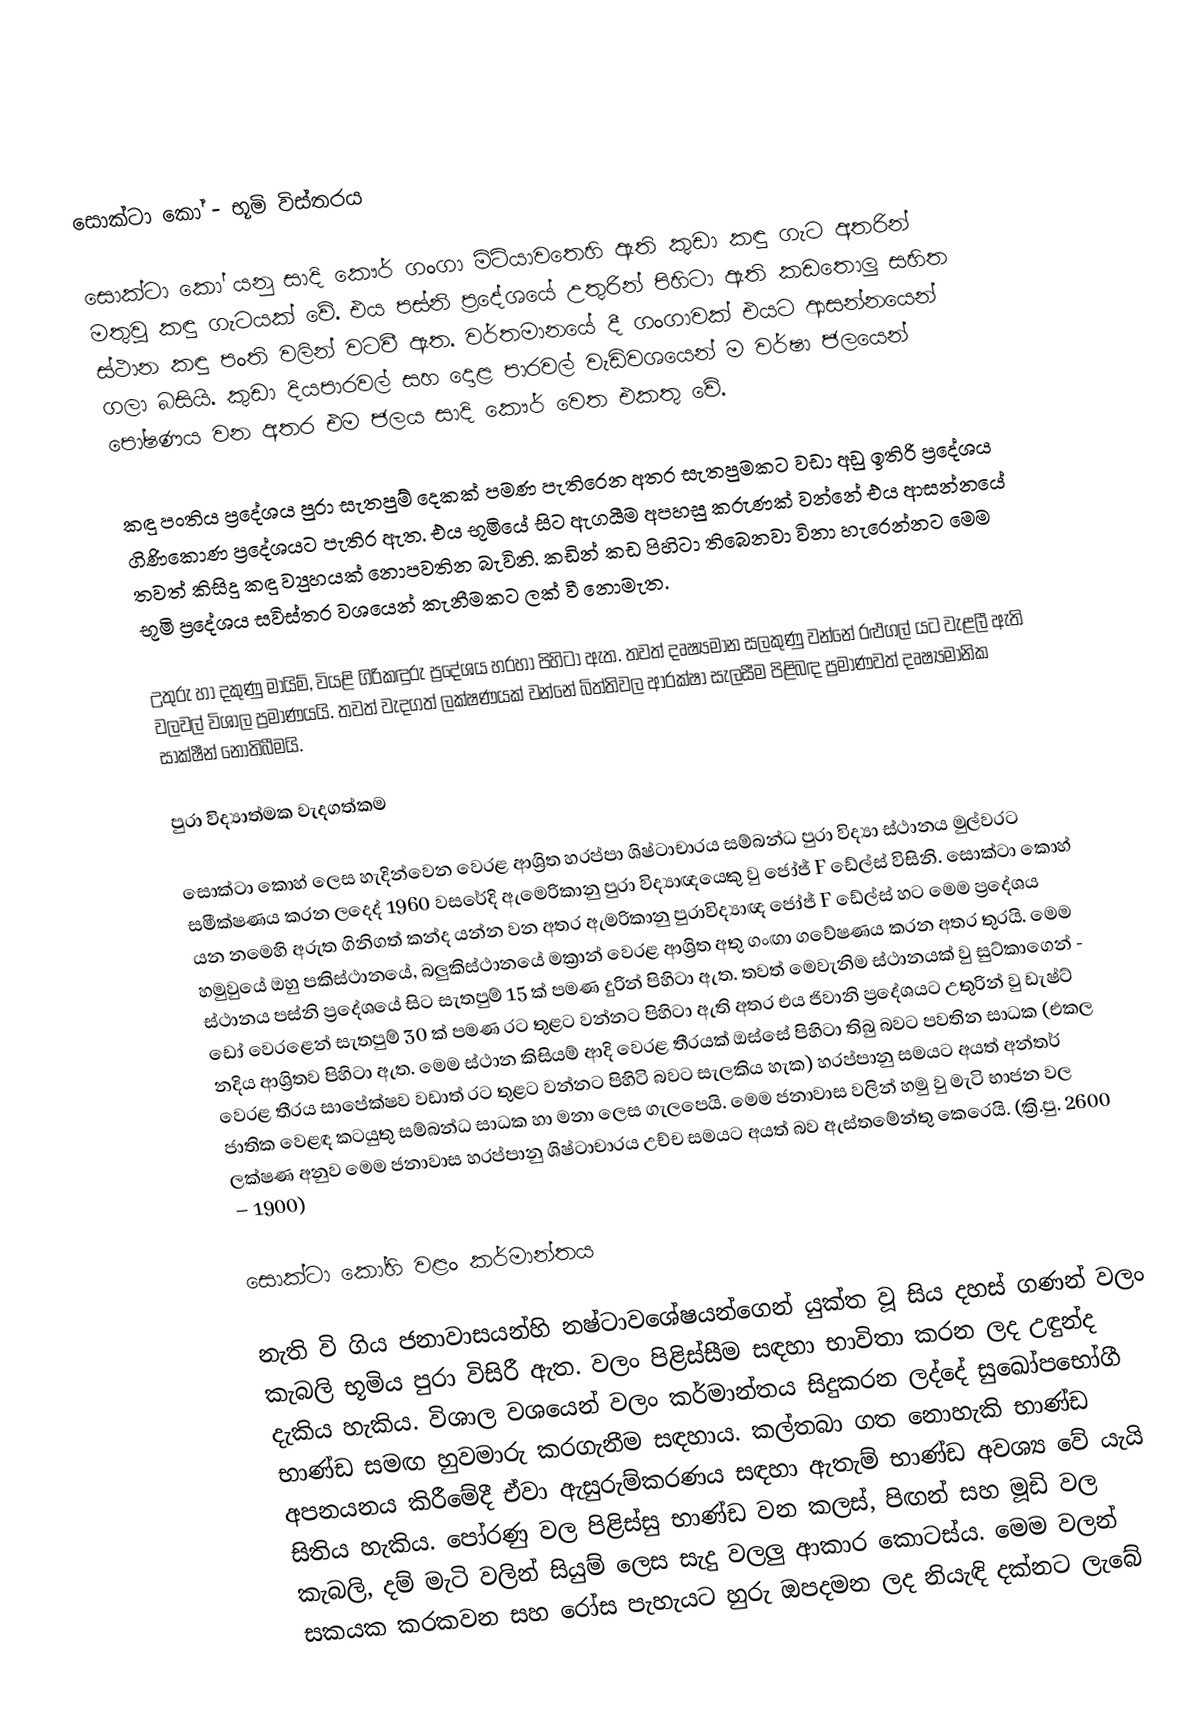

සොක්ටා කෝ - භූමි විස්තරය

සොක්ටා කෝ යනු සාදි කෞර් ගංගා මිටියාවතෙහි ඇති කුඩා කඳු ගැට අතරින් මතුවු කඳු ගැටයක් වේ. එය පස්නි ප්‍රදේශයේ උතුරින් පිහිටා ඇති කඩතොලු සහිත ස්ථාන කඳු පංති වලින් වටවී ඇත. වර්තමානයේ දී ගංගාවක් එයට ආසන්නයෙන් ගලා බසියි. කුඩා දියපාරවල් සහ දොළ පාරවල් වැඩිවශයෙන් ම වර්ෂා ජලයෙන් පෝෂණය වන අතර  එම ජලය  සාදි කෞර් වෙත ‍එකතු වේ.

කඳු පංතිය ප්‍රදේශය පුරා සැතපුම් දෙකක් පමණ පැතිරෙන අතර සැතපුමකට වඩා අඩු ඉතිරි ප්‍රදේශය ගිණිකොණ ප්‍රදේශයට පැතිර ඇත. එය භූමියේ සිට ඇගයීම අපහසු කරුණක් වන්නේ එය ආසන්නයේ තවත් කිසිදු කඳු ව්‍යුහයක් නොපවතින බැවිනි. කඩින් කඩ පිහිටා තිබෙනවා විනා හැරෙන්නට මෙම භූමි ප්‍රදේශය සවිස්තර වශයෙන් කැනීමකට ලක් වී නොමැත.

උතුරු හා දකුණු මායිම්, වියළි ගිරිකඳුරු ප්‍රදේශය හරහා පිහිටා ඇත. තවත් දෘෂ්‍යමාන සලකුණු වන්නේ රළුගල් යට වැළලී ඇති වලවල් විශාල ප්‍රමාණයයි.   තවත් වැදගත් ලක්ෂණයක්  වන්නේ බිත්තිවල ආරක්ෂා සැලසීම පිළිබඳ ප්‍රමාණවත් දෘෂ්‍යමානික සාක්ෂීන් ‍නොතිබීමයි.

පුරා විද්‍යාත්මක වැදගත්කම

සොක්ටා කොහ් ලෙස හැදින්වෙන වෙරළ ආශ්‍රිත හරප්පා ශිෂ්ටාචාරය සම්බන්ධ පුරා විද්‍යා ස්ථානය මුල්වරට සමීක්ෂණය කරන ලද‍්දේ 1960 වසරේදි ඇමෙරිකානු පුරා විද්‍යාඥයෙකු වු ජෝජ් F ඩේල්ස් විසිනි. සොක්ටා කොහ් යන නමෙහි අරුත ගිනිගත් කන්ද යන්න වන අතර ඇමරිකානු පුරාවිද්‍යාඥ ජෝජ් F ඩේල්ස් හට මෙම ප්‍රදේශය හමුවුයේ ඔහු පකිස්ථානයේ, බලුකිස්ථානයේ මක්‍රාන් වෙරළ ආශ්‍රිත අතු ගංඟා ගවේෂණය කරන අතර තුරයි. මෙම ස්ථානය පස්නි ප්‍රදේශයේ සිට සැතපුම් 15 ක් පමණ දුරින් පිහිටා ඇත. තවත් මෙවැනිම ස්ථානයක් වු සුට්කාගෙන් - ඩෝ වෙරළෙන් සැතපුම් 30 ක් පමණ රට තුළට වන්නට පිහිටා ඇති අතර එය ජිවානි ප්‍රදේශයට උතුරින් වු ඩැෂ්ට් නදිය ආශ්‍රිතව පිහිටා ඇත. මෙම ස්ථාන කිසියම් ආදි වෙරළ තීරයක් ඔස්සේ පිහිටා තිබු බවට පවතින සාධක (එකල වෙරළ තීරය සාපේක්ෂව වඩාත් රට තුළට වන්නට පිහිටි බවට සැලකිය හැක) හරප්පානු සමයට අයත් අන්තර් ජාතික වෙළඳ කටයුතු සම්බන්ධ සාධක හා මනා ලෙස ගැලපෙයි.  මෙම ජනාවාස වලින් හමු වු මැටි භාජන වල ලක්ෂණ අනුව මෙම ජනාවාස හරප්පානු ශිෂ්ටාචාරය උච්ච සමයට අයත් බව ඇස්තමේන්තු කෙරෙයි. (ක්‍රි.පු. 2600 – 1900)

සොක්ටා කෝහි වළං කර්මාන්තය

නැති වි ගිය ජනාවාසයන්හි නෂ්ටාවශේෂයන්ගෙන් යුක්ත වූ සිය දහස් ගණන් වලං කැබලි භූමිය පුරා විසිරී ඇත. වලං පිළිස්සීම සඳහා භාවිතා කරන ලද උඳුන්ද දැකිය හැකිය. විශාල වශයෙන් වලං කර්මාන්තය සිදුකරන ලද්දේ සුඛෝපභෝගී භාණ්ඩ සමඟ හුවමාරු කරගැනීම සඳහාය. කල්තබා ගත නොහැකි භාණ්ඩ අපනයනය කිරීමේදී ඒවා ඇසුරුම්කරණය සඳහා ඇතැම් භාණ්ඩ අවශ්‍ය වේ යැයි සිතිය හැකිය. පෝරණු වල පිළිස්සු භාණ්ඩ වන කලස්, පිඟන් සහ මූඩි වල කැබලි, දම් මැටි වලින් සියුම් ලෙස සැදු වලලු ආකාර කොටස්ය. මෙම වලන් සකයක කරකවන සහ රෝස පැහැයට හුරු ඔපදමන ලද නියැඳි දක්නට ලැබේ